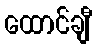
ထောင်ချီ